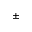
\pm